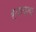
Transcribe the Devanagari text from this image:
बर्‍याचश्या